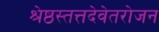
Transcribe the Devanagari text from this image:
श्रेष्ठस्तत्तदेवेतरोजन